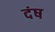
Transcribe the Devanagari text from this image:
दंष